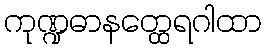
ကုဏ္ဍဓာနတ္ထေရဂါထာ